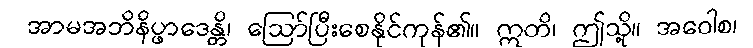
အာမအဘိနိပ္ဖာဒေန္တိ၊ ဩော်ပြီးစေနိုင်ကုန်၏။ ဣတိ၊ ဤသို့။ အဝေါစ၊